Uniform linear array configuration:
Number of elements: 64
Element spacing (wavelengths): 1
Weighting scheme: exponential
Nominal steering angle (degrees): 60
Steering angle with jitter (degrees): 61.387
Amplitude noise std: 0.05
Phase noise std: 0.05

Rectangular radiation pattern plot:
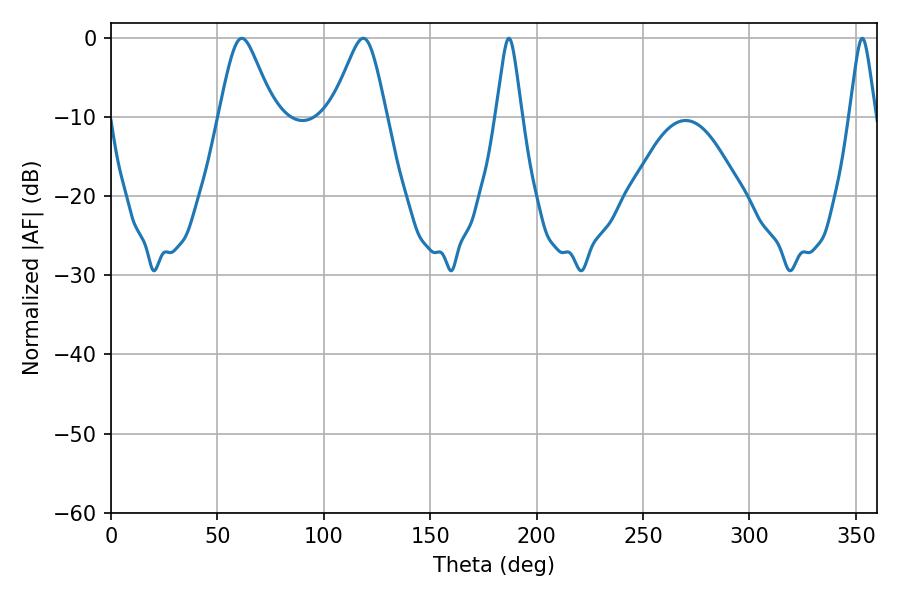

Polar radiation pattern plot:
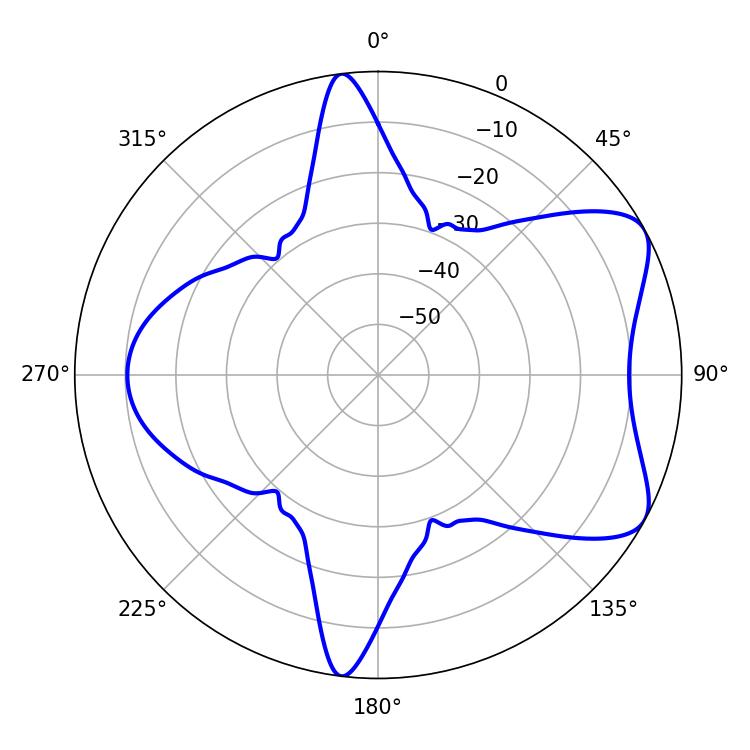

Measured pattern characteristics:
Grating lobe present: TRUE
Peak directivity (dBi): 6.832
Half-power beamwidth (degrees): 12.42
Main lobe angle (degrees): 61.38